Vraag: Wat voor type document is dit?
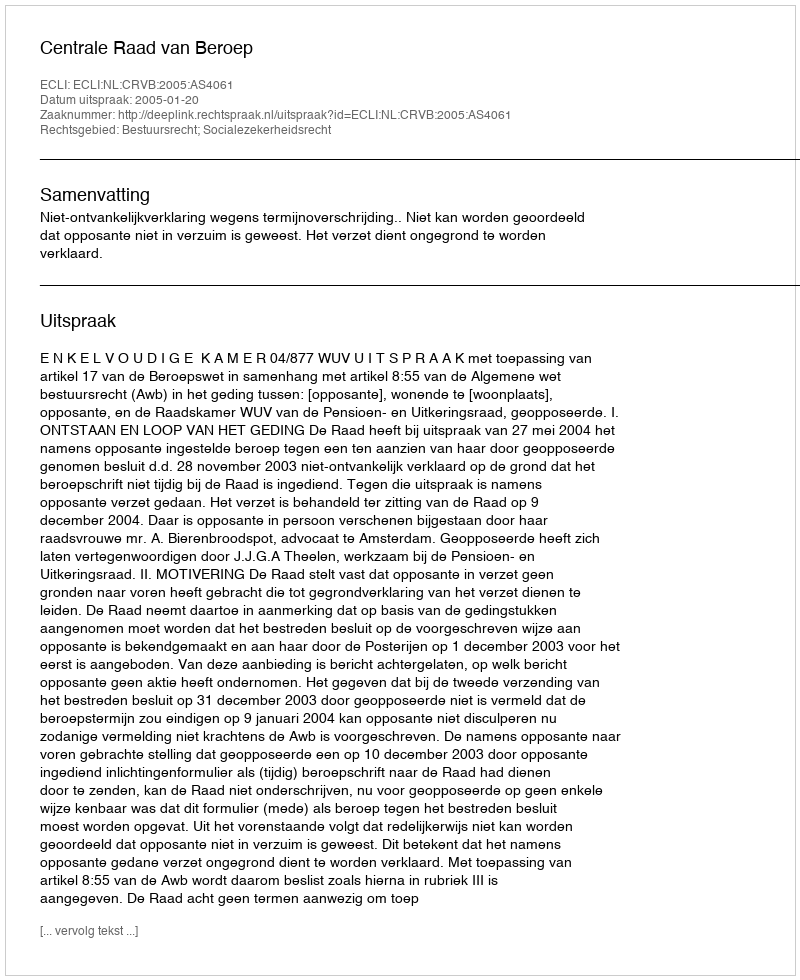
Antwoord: Uitspraak